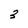
Character: 3